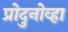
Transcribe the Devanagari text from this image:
प्रोदुनोव्हा